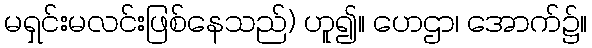
မရှင်းမလင်းဖြစ်နေသည်) ဟူ၍။ ဟေဌာ၊ အောက်၌။